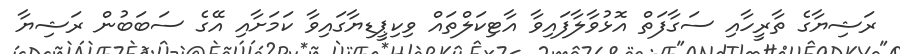
ރަޝިޔާގެ ތާރީހާއި ސަގާފަތް އޮޅުވާލާފައިވާ އާޓިކަލްތައް ވިކިޕީޑިޔާގައިވާ ކަމަށާއި އޭގެ ސަބަބުން ރަޝިޔާ